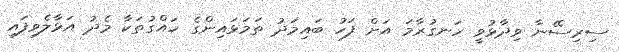
ސިރިސޭނާ ވިދާޅުވީ ހަނގުރާމަ އަށް ފަހު ބައިމަދު ތަމަޅައިންގެ ހައްގުތަކާ މެދު އަޅާލެވިފައި